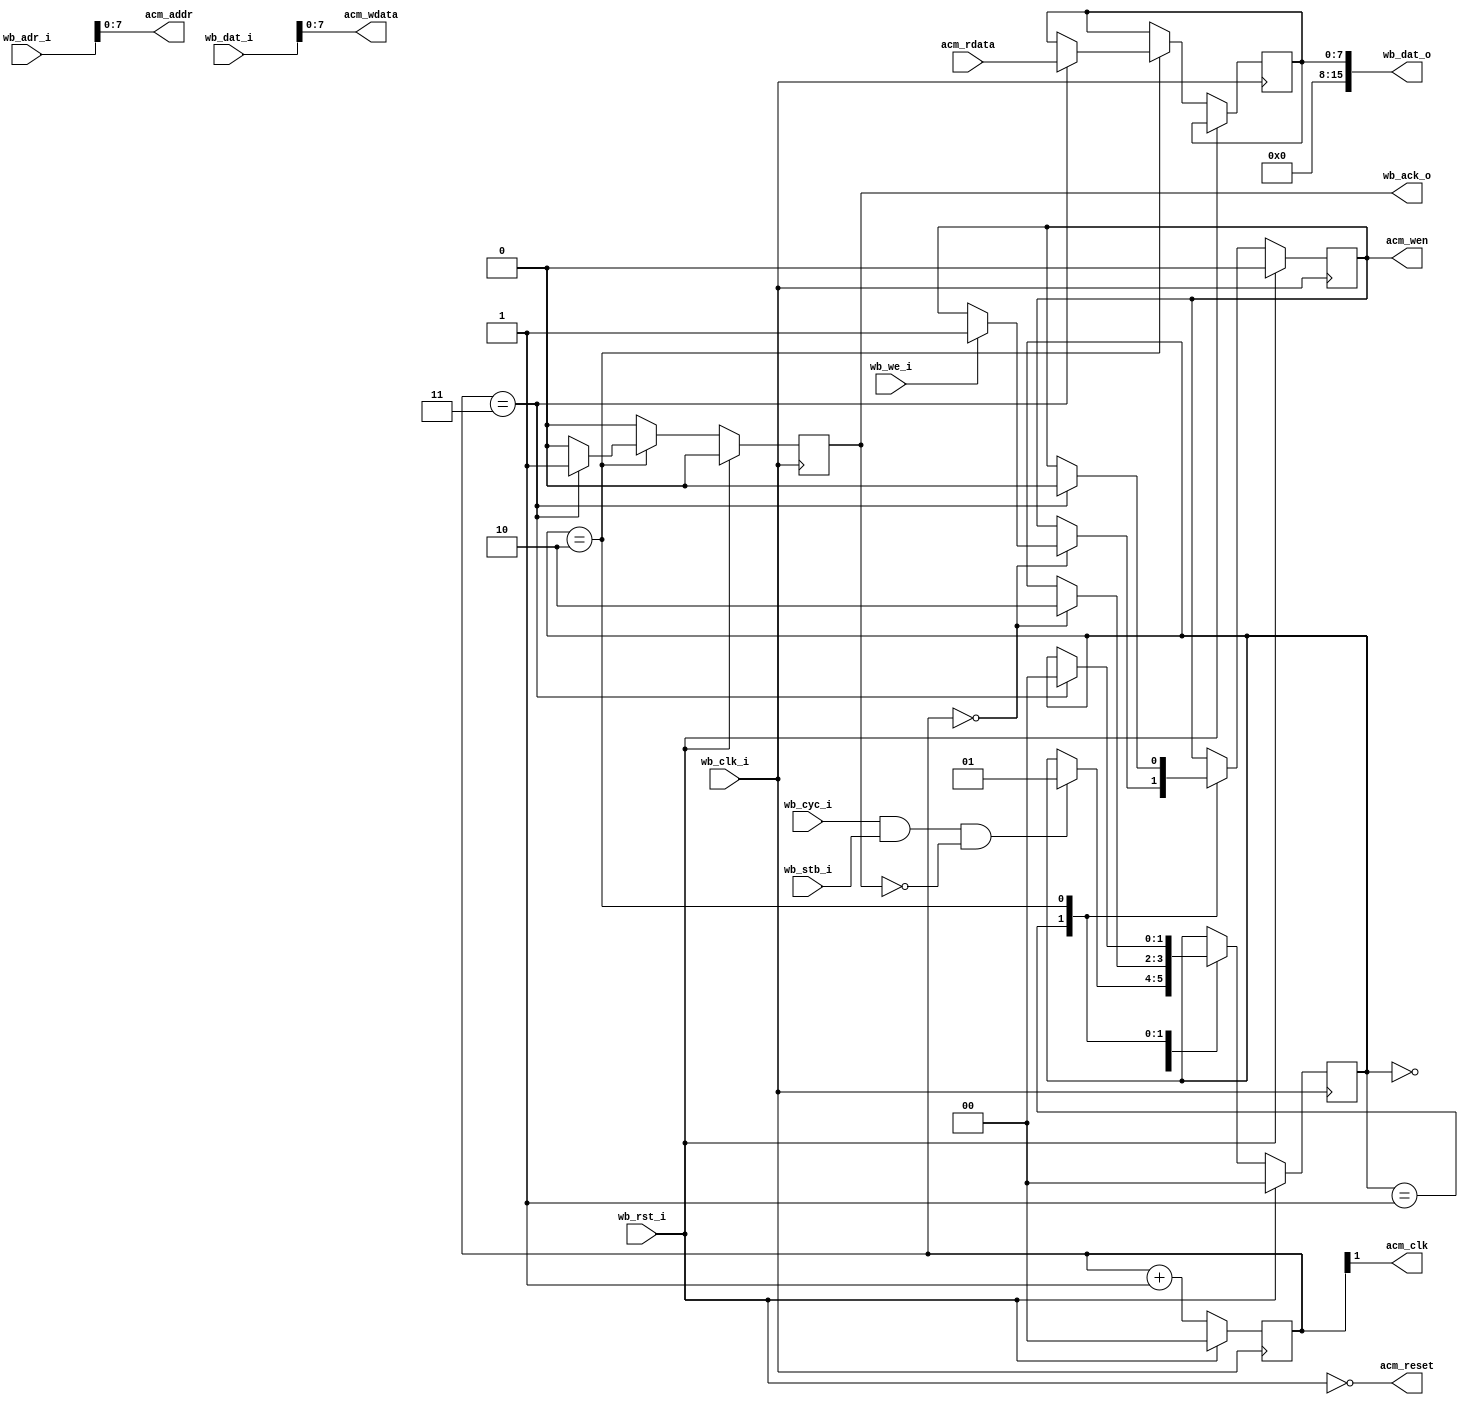
`timescale 1ns/1ns

module acm_controller(
    wb_clk_i, wb_rst_i,
    wb_cyc_i, wb_stb_i, wb_we_i,
    wb_adr_i, wb_dat_i, wb_dat_o,
    wb_ack_o,
    acm_wdata, acm_rdata,
    acm_addr,
    acm_wen,
    acm_clk, acm_reset
  );
  input  wb_clk_i, wb_rst_i;
  input  wb_cyc_i, wb_stb_i, wb_we_i;
  input  [15:0] wb_adr_i;
  input  [15:0] wb_dat_i;
  output [15:0] wb_dat_o;
  output wb_ack_o;
  output acm_clk, acm_reset;
  output acm_wen;
  output  [7:0] acm_wdata;
  input   [7:0] acm_rdata;
  output  [7:0] acm_addr;

  assign acm_reset = ~wb_rst_i;

  reg [1:0] acm_clk_counter;
  assign acm_clk = acm_clk_counter[1];

  reg wb_ack_o;

  reg [1:0] state; 
  localparam STATE_IDLE      = 2'd0; 
  localparam STATE_WAITCLK   = 2'd1; 
  localparam STATE_WAITTRANS = 2'd2; 

  assign acm_wdata = wb_dat_i[7:0];
  assign acm_addr  = wb_adr_i[7:0];
  reg acm_wen;

  reg [7:0] acm_rdata_reg;

  assign wb_dat_o = {8'b0, acm_rdata_reg[7:0]};

  always @(posedge wb_clk_i) begin
    wb_ack_o <= 1'b0;

    if (wb_rst_i) begin
      state <= STATE_IDLE;
      acm_wen <= 1'b0;
      acm_clk_counter <= 2'b0;
    end else begin
      acm_clk_counter <= acm_clk_counter + 2'b1;
      case (state)
        STATE_IDLE: begin
          if (wb_cyc_i & wb_stb_i & ~wb_ack_o) begin
            state <= STATE_WAITCLK;
          end
        end 
        STATE_WAITCLK: begin
          if (acm_clk_counter == 2'b00) begin
            if (wb_we_i)
              acm_wen <= 1'b1;
            state <= STATE_WAITTRANS;
          end
        end
        STATE_WAITTRANS: begin
          if (acm_clk_counter == 2'b11) begin
            acm_wen <= 1'b0;
            wb_ack_o <= 1'b1;
            acm_rdata_reg <= acm_rdata;
            state <= STATE_IDLE;
          end
        end
      endcase 
    end
  end

endmodule